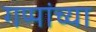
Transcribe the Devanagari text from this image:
गप्पांच्या